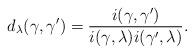
LaTeX: \begin{align*}d_{\lambda}(\gamma,\gamma')=\frac{i(\gamma,\gamma')}{i(\gamma,\lambda)i(\gamma',\lambda)}.\end{align*}